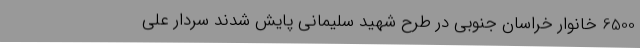
6500 خانوار خراسان جنوبی در طرح شهید سلیمانی پایش شدند سردار علی